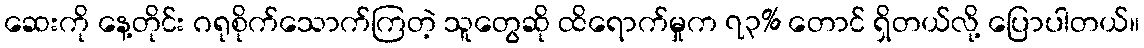
ဆေးကို နေ့တိုင်း ဂရုစိုက်သောက်ကြတဲ့ သူတွေဆို ထိရောက်မှုက ၇၃% တောင် ရှိတယ်လို့ ပြောပါတယ်။